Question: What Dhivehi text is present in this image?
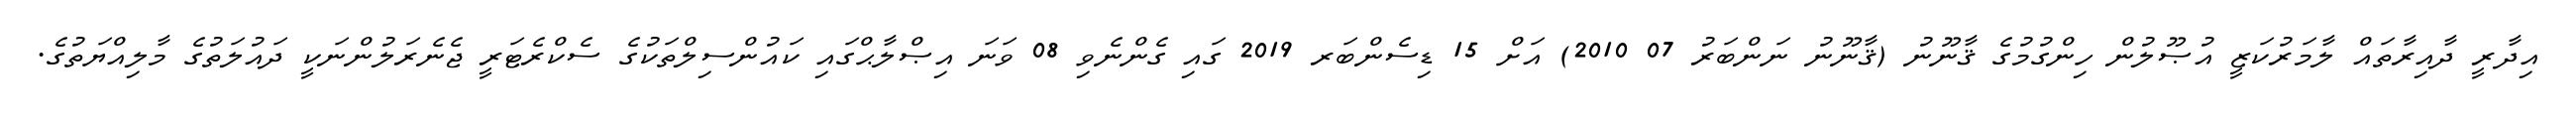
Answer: އިދާރީ ދާއިރާތައް ލާމަރުކަޒީ އުޞޫލުން ހިންގުމުގެ ޤާނޫނު (ޤާނޫނު ނަންބަރު 07 2010) އަށް 15 ޑިސެންބަރ 2019 ގައި ގެންނެވި 08 ވަނަ އިޞްލާޙްގައި ކައުންސިލްތަކުގެ ސެކްރެޓަރީ ޖެނެރަލުންނަކީ ދައުލަތުގެ މާލިއްޔަތުގެ.